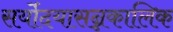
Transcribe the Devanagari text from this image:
सर्योदयासन्नकालिक